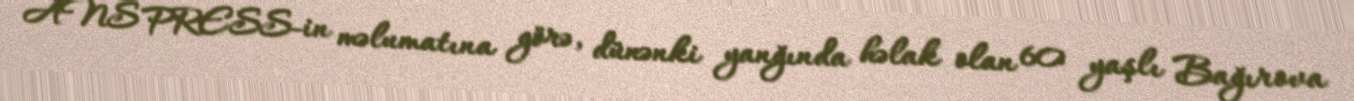
ANS PRESS-in məlumatına görə, dünənki yanğında həlak olan 60 yaşlı Bağırova